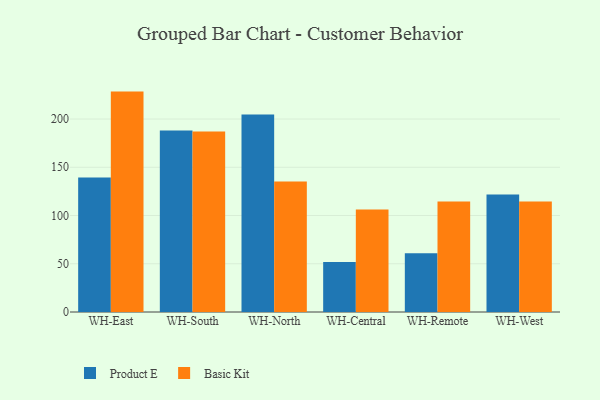
{"axis": {"x": "Warehouse", "y": "Humidity (%)"}, "legend": ["Basic Kit", "Product E"], "data": [{"x": "WH-East", "y": 139.5, "type": "Product E"}, {"x": "WH-East", "y": 228.4, "type": "Basic Kit"}, {"x": "WH-South", "y": 188.1, "type": "Product E"}, {"x": "WH-South", "y": 187.0, "type": "Basic Kit"}, {"x": "WH-North", "y": 204.7, "type": "Product E"}, {"x": "WH-North", "y": 135.2, "type": "Basic Kit"}, {"x": "WH-Central", "y": 51.8, "type": "Product E"}, {"x": "WH-Central", "y": 106.3, "type": "Basic Kit"}, {"x": "WH-Remote", "y": 60.9, "type": "Product E"}, {"x": "WH-Remote", "y": 114.5, "type": "Basic Kit"}, {"x": "WH-West", "y": 121.8, "type": "Product E"}, {"x": "WH-West", "y": 114.6, "type": "Basic Kit"}]}